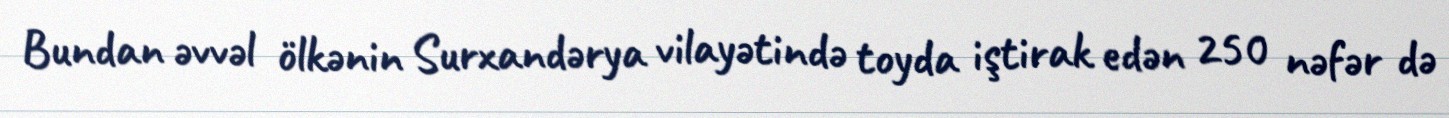
Bundan əvvəl ölkənin Surxandərya vilayətində toyda iştirak edən 250 nəfər də